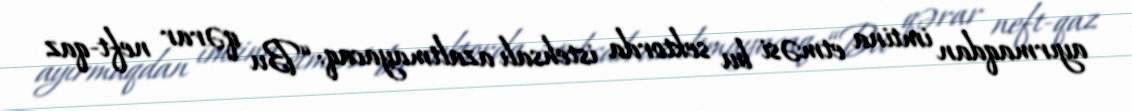
ayırmaqdan imtina etməsi bu sektorda istehsalı azaltmayacaq: “Bu qərar neft-qaz